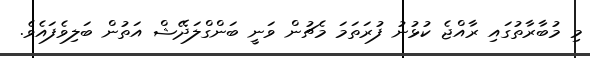
މި މުބާރާތުގައި ރާއްޖެ ކުޅުނު ފުރަތަމަ މެޗުން ވަނީ ބަންގްލަދޭޝް އަތުން ބަލިވެފައެވެ.